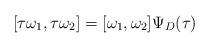
LaTeX: \begin{align*}[\tau \omega_1,\tau \omega_2]=[\omega_1,\omega_2]\Psi_D(\tau) \end{align*}